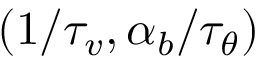
( 1 / \tau _ { v } , \alpha _ { b } / \tau _ { \theta } )